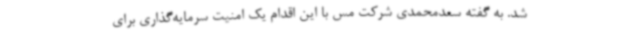
شد. به گفته سعدمحمدی شرکت مس با این اقدام یک امنیت سرمایه‌گذاری برای